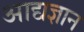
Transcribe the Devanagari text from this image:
आद्यज्ञान